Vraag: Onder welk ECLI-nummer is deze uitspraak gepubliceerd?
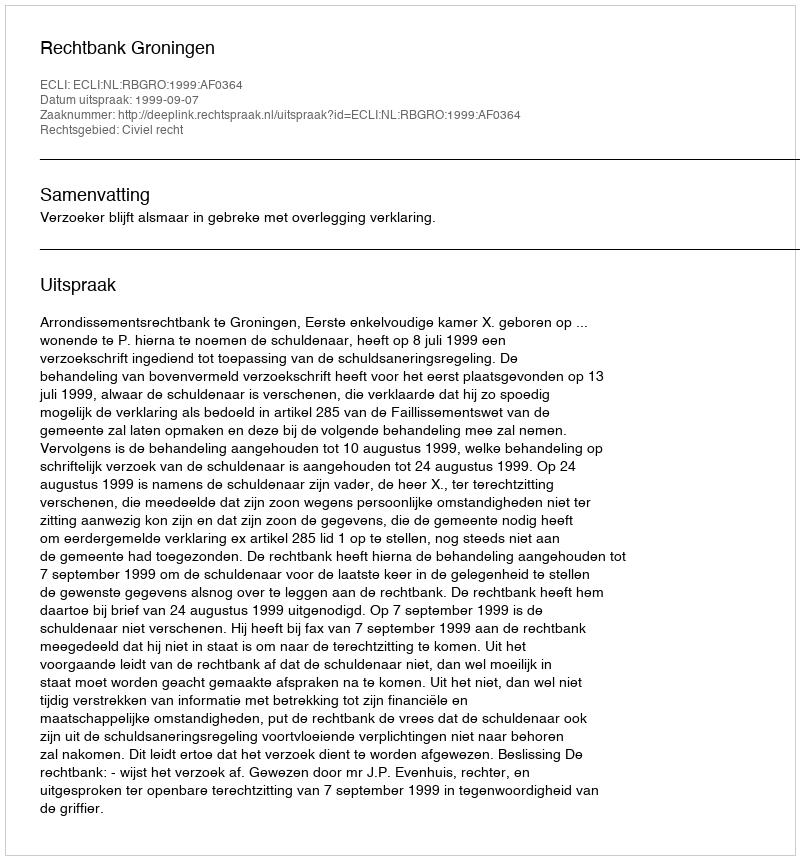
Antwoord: ECLI:NL:RBGRO:1999:AF0364